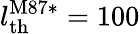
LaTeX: l_{\mathrm{th}}^{\mathrm{M87*}}=100